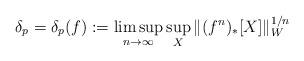
LaTeX: \begin{align*} \delta_p=\delta_p(f) :=\limsup_{n\to\infty}\sup_X\|(f^n)_*[X]\|_W^{1/n} \end{align*}